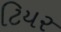
ટિયર